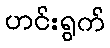
ဟင်းရွက်